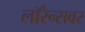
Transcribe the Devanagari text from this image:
लॉरेन्सवर